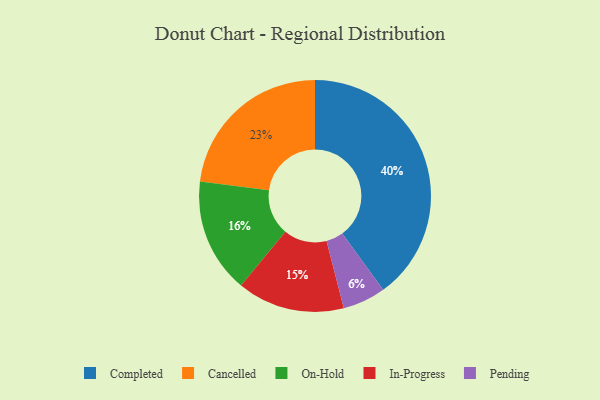
{"axis": {"x": "Category", "y": "Percentage"}, "legend": ["Cancelled", "Completed", "In-Progress", "On-Hold", "Pending"], "data": [{"x": "On-Hold", "y": 16, "type": "On-Hold"}, {"x": "Completed", "y": 40, "type": "Completed"}, {"x": "Pending", "y": 6, "type": "Pending"}, {"x": "In-Progress", "y": 15, "type": "In-Progress"}, {"x": "Cancelled", "y": 23, "type": "Cancelled"}]}